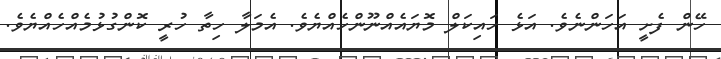
ހޭން ފެށީ އަހަންނެވެ. އަޅެ ހައިކަލް މޮޔައެއްނޫންހެއްޔެވެ. އެމަލާ ހިތާ ހުރީ ކޮންގުޅުމެއްހެއްޔެވެ.